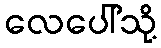
လေပေါ်သို့